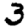
Digit: 3